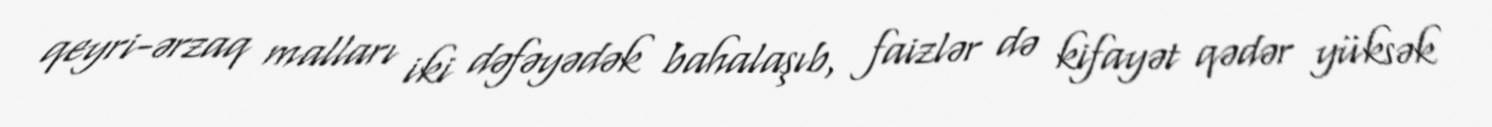
qeyri-ərzaq malları iki dəfəyədək bahalaşıb, faizlər də kifayət qədər yüksək